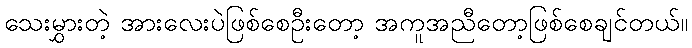
သေးမွှားတဲ့ အားလေးပဲဖြစ်စေဦးတော့ အကူအညီတော့ဖြစ်စေချင်တယ်။